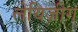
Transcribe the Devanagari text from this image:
लेयिज़ीग